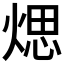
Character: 𤋘